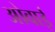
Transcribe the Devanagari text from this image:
ओवाई